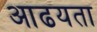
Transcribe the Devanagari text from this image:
आढयता